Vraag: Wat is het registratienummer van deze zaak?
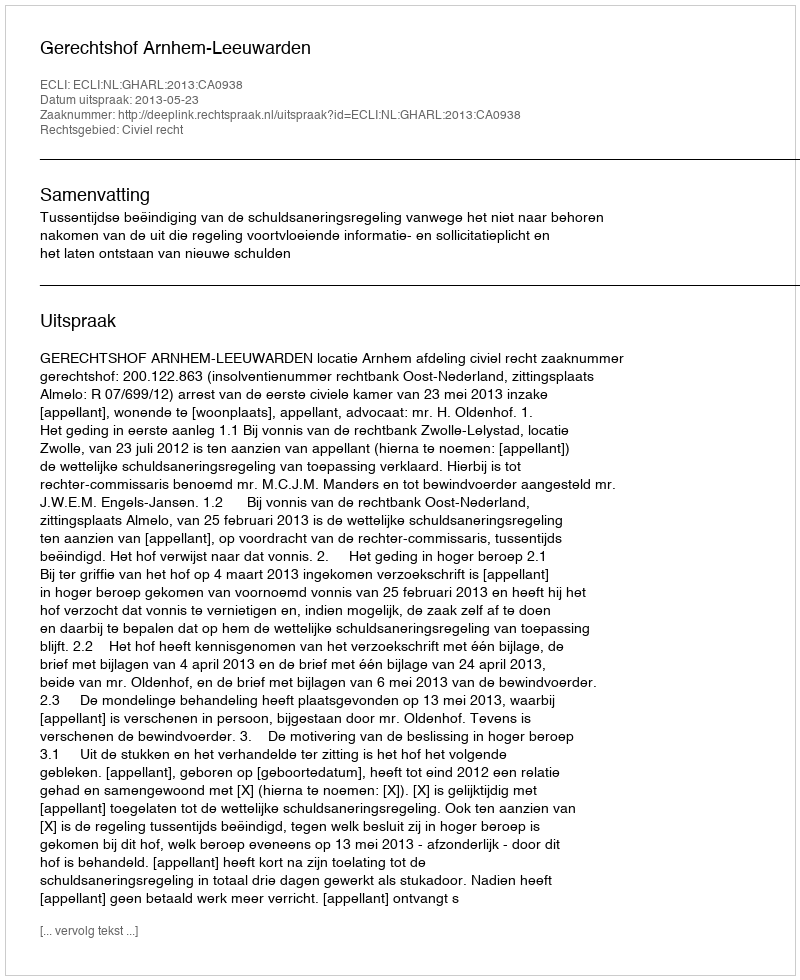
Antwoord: http://deeplink.rechtspraak.nl/uitspraak?id=ECLI:NL:GHARL:2013:CA0938